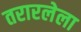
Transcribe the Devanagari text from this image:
तरारलेला